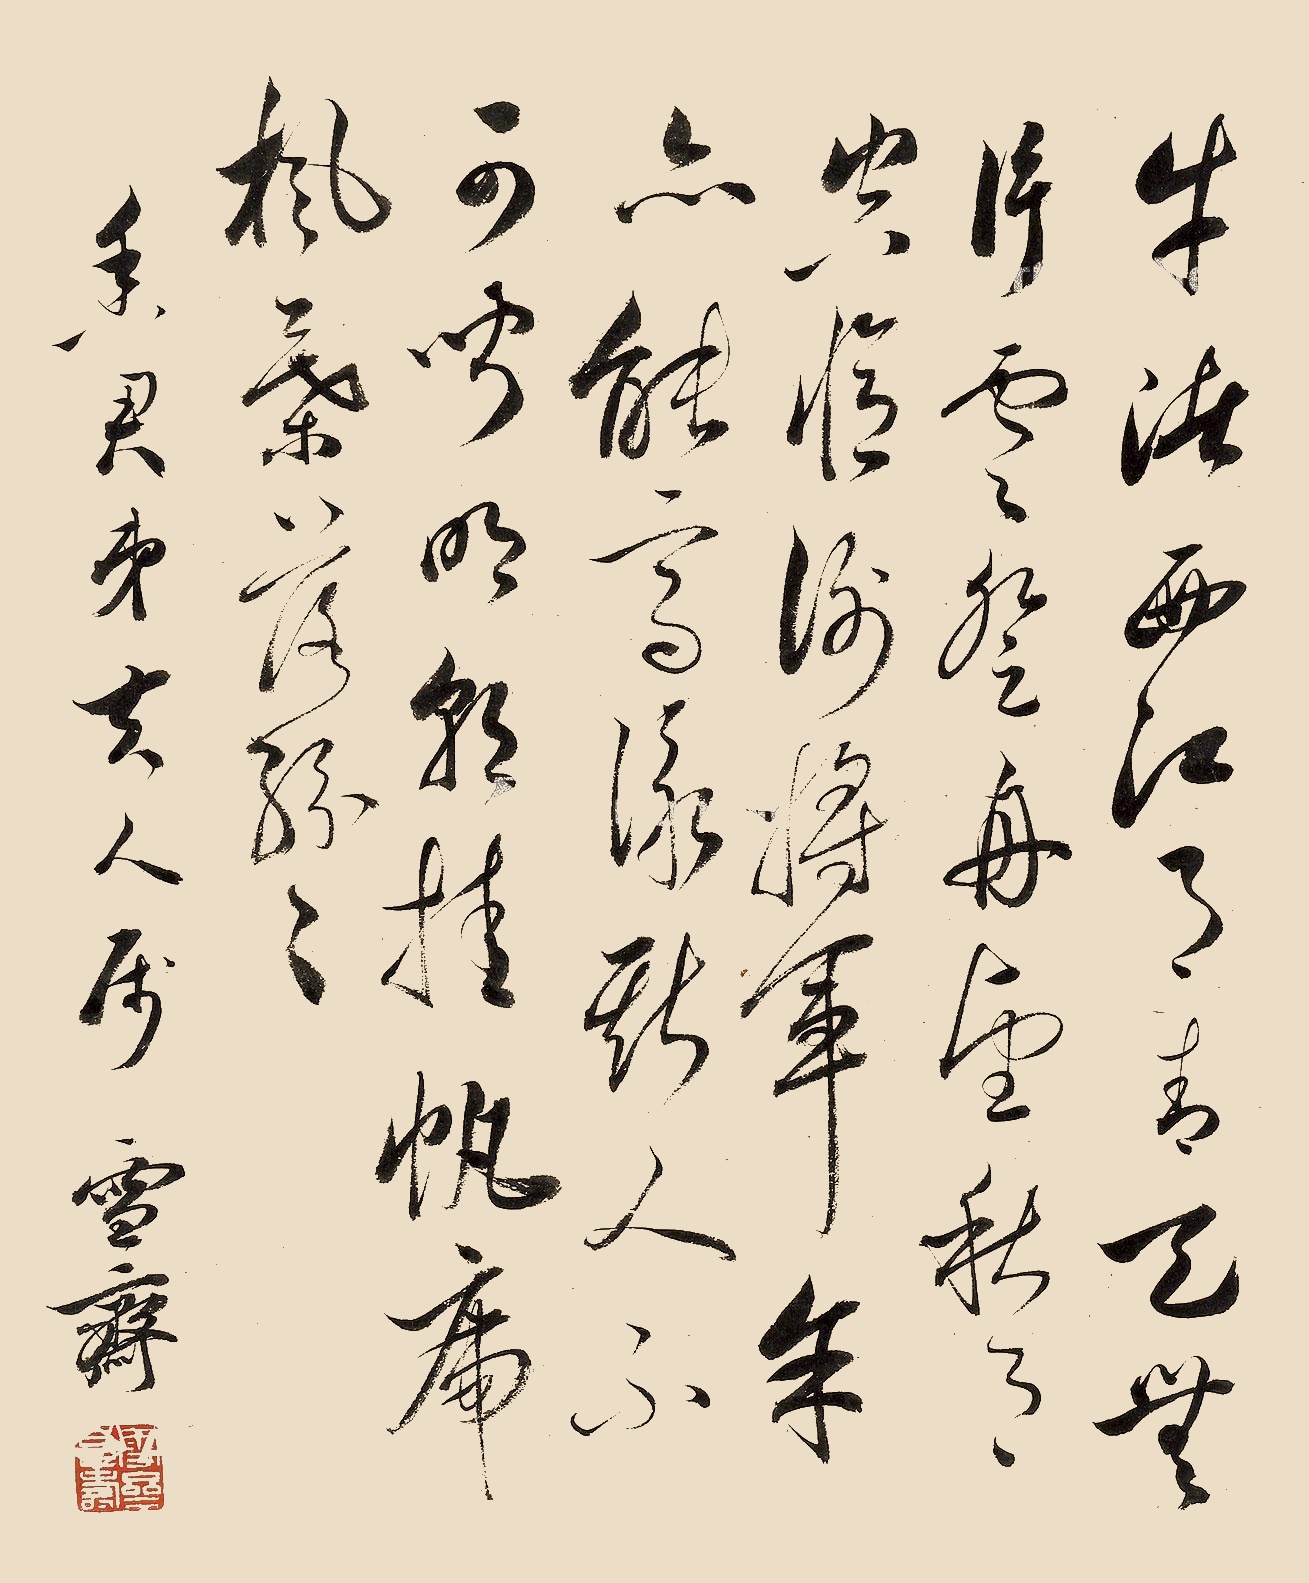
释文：牛渚西江月，青天无片云。登舟望秋月，空忆谢将军。余亦能高咏，斯人不可闻。明朝挂帆席，枫叶落纷纷。香君弟夫人属，雪斋。